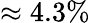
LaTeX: \approx 4.3\%